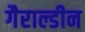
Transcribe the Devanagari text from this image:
गैराल्डीन